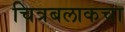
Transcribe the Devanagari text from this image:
चित्रबलाकचा